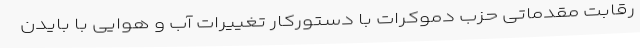
رقابت مقدماتی حزب دموکرات با دستورکار تغییرات آب و هوایی با بایدن